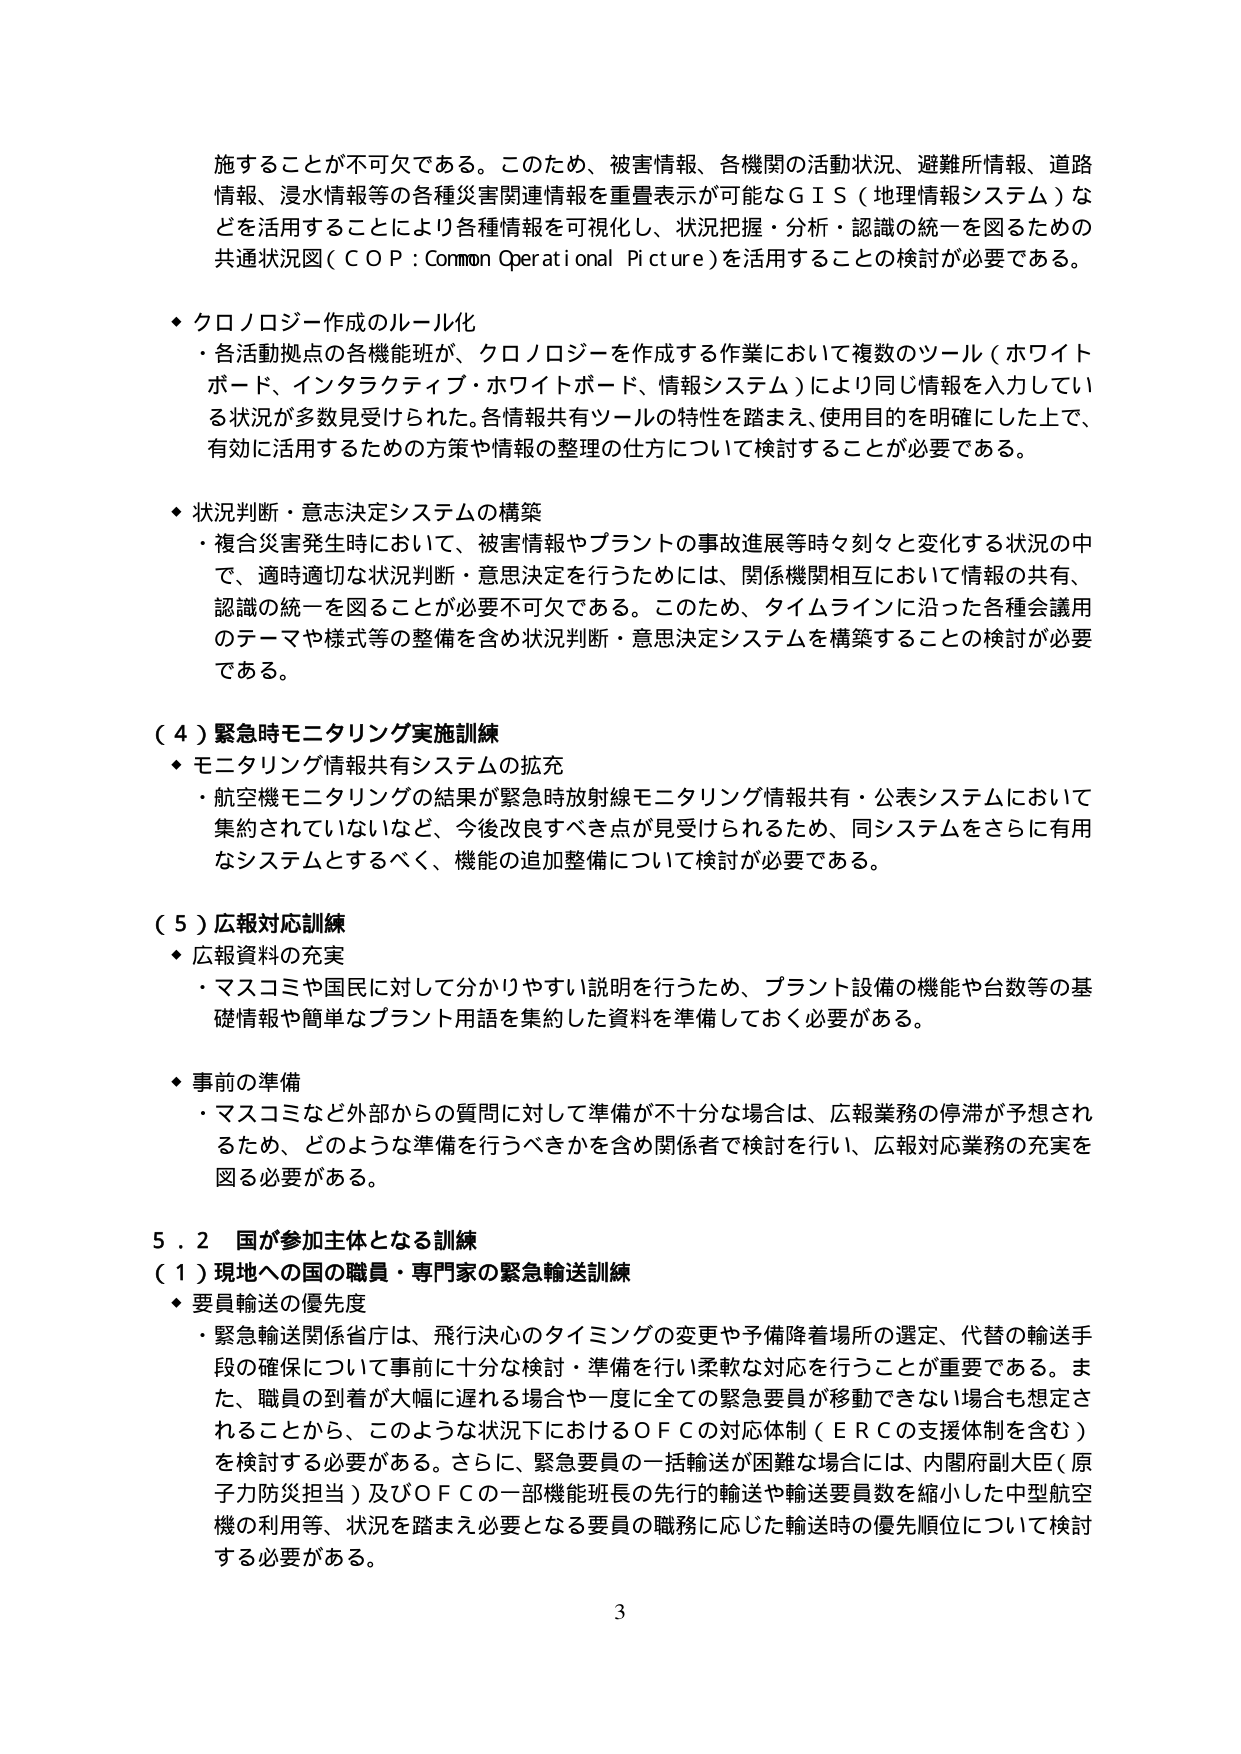
施することが不可欠である。このため、被害情報、各機関の活動状況、避難所情報、道路情報、浸水情報等の各種災害関連情報を重畳表示が可能なＧＩＳ（地理情報システム）などを活用することにより各種情報を可視化し、状況把握・分析・認識の統一を図るための共通状況図（ＣＯＰ：Common Operational Picture）を活用することの検討が必要である。

◆ クロノロジー作成のルール化
・各活動拠点の各機能班が、クロノロジーを作成する作業において複数のツール（ホワイトボード、インタラクティブ・ホワイトボード、情報システム）により同じ情報を入力している状況が多数見受けられた。各情報共有ツールの特性を踏まえ、使用目的を明確にした上で、有効に活用するための方策や情報の整理の仕方について検討することが必要である。

◆ 状況判断・意思決定システムの構築
・複合災害発生時において、被害情報やプラントの事故進展等時々刻々と変化する状況の中で、適時適切な状況判断・意思決定を行うためには、関係機関相互において情報の共有、認識の統一を図ることが必要不可欠である。このため、タイムラインに沿った各種会議用のテーマや様式等の整備を含め状況判断・意思決定システムを構築することの検討が必要である。

（４）緊急時モニタリング実施訓練
◆ モニタリング情報共有システムの拡充
・航空機モニタリングの結果が緊急時放射線モニタリング情報共有・公表システムにおいて集約されていないなど、今後改良すべき点が見受けられるため、同システムをさらに有用なシステムとするべく、機能の追加整備について検討が必要である。

（５）広報対応訓練
◆ 広報資料の充実
・マスコミや国民に対して分かりやすい説明を行うため、プラント設備の機能や台数等の基礎情報や簡単なプラント用語を集約した資料を準備しておく必要がある。

◆ 事前の準備
・マスコミなど外部からの質問に対して準備が不十分な場合は、広報業務の停滞が予想されるため、どのような準備を行うべきかを含め関係者で検討を行い、広報対応業務の充実を図る必要がある。

５．２ 国が参加主体となる訓練
（１）現地への国の職員・専門家の緊急輸送訓練
◆ 要員輸送の優先度
・緊急輸送関係省庁は、飛行決心のタイミングの変更や予備降着場所の選定、代替の輸送手段の確保について事前に十分な検討・準備を行い柔軟な対応を行うことが重要である。また、職員の到着が大幅に遅れる場合や一度に全ての緊急要員が移動できない場合も想定されることから、このような状況下におけるＯＦＣの対応体制（ＥＲＣの支援体制を含む）を検討する必要がある。さらに、緊急要員の一括輸送が困難な場合には、内閣府副大臣（原子力防災担当）及びＯＦＣの一部機能班長の先行的輸送や輸送要員数を縮小した中型航空機の利用等、状況を踏まえ必要となる要員の職務に応じた輸送時の優先順位について検討する必要がある。

3